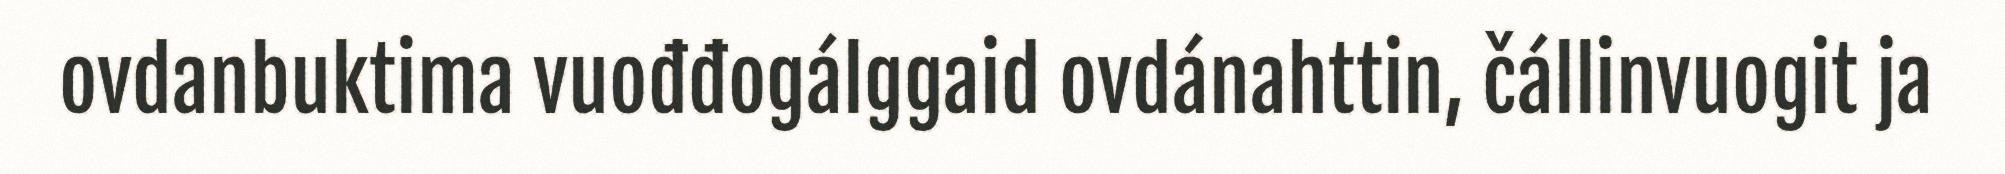
ovdanbuktima vuođđogálggaid ovdánahttin, čállinvuogit ja